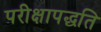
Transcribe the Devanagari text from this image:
परीक्षापद्धति